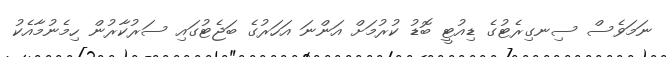
ނަމަވެސް ސިނގިރެޓުގެ ޑިއުޓީ ބޮޑު ކުރުމަށް އަންނަ އަހަރުގެ ބަޖެޓުގައި ސަރުކާރުން ހިމެނުމާއެކު